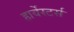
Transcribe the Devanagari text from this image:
हार्वेस्टर्स